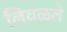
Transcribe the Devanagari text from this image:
लिवळले